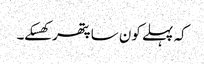
کہ پہلے کون سا پتھر کھسکے۔